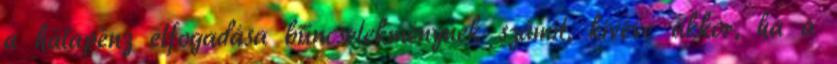
a hálapénz elfogadása bűncselekménynek számít, kivéve akkor, ha a